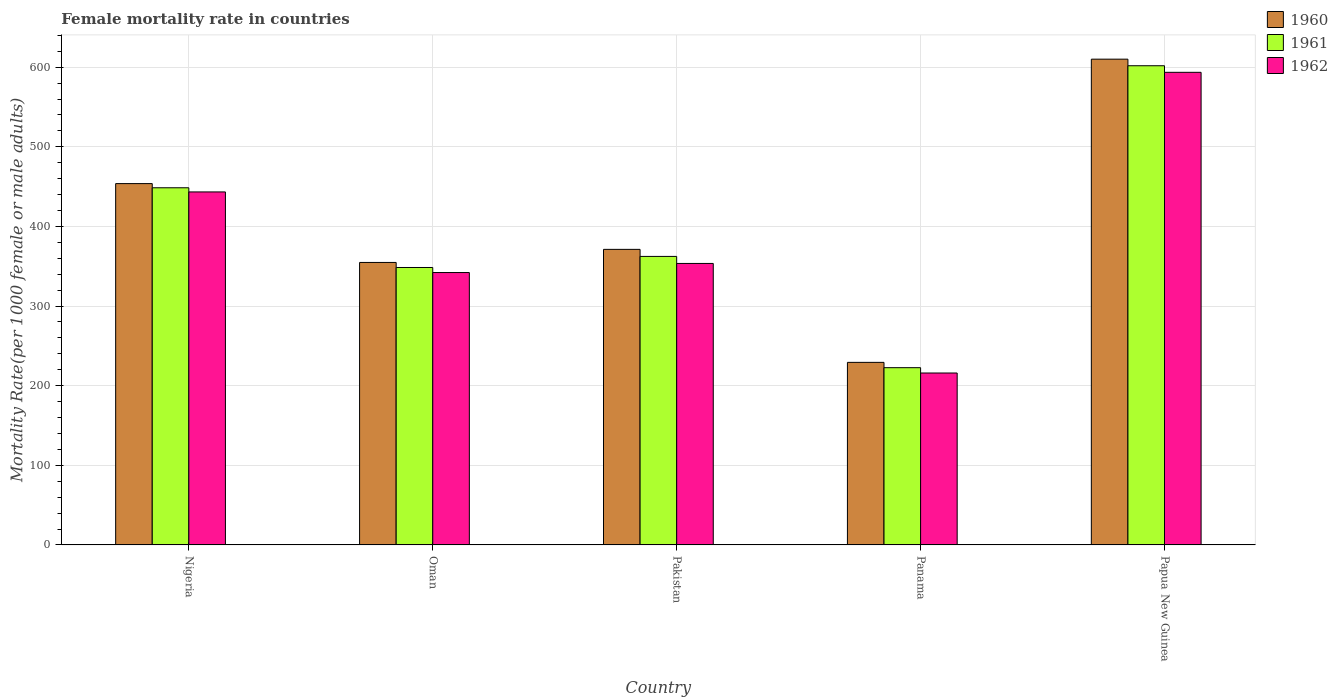
| Country | 1960 | 1961 | 1962 |
 | --- | --- | --- | --- |
 | Nigeria | 454 | 449 | 443 |
 | Oman | 355 | 348 | 342 |
 | Pakistan | 371 | 362 | 353 |
 | Panama | 229 | 223 | 216 |
 | Papua New Guinea | 610 | 602 | 594 |